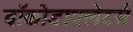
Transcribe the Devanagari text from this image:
ब्रॉकोडाएलेटर्स